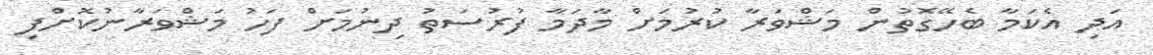
އަދި އެކަމާ ބެހޭގޮތުން މަޝްވަރާ ކުރުމަށް މާދަމާ ފުރުސަތު ދިނުމަށް ފަހު މަޝްވަރާނުކޮށްފި